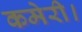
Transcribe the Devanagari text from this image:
कमेरी।